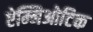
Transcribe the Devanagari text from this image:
ऐम्निओटिक